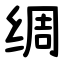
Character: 绸